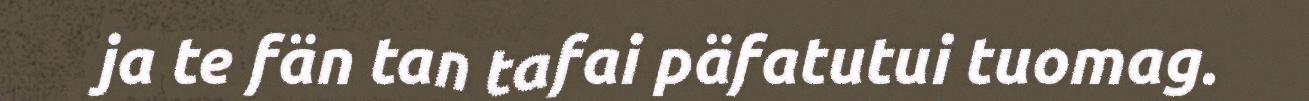
ja te fän tan tafai päfatutui tuomag.